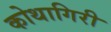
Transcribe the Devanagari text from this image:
कोथागिरी